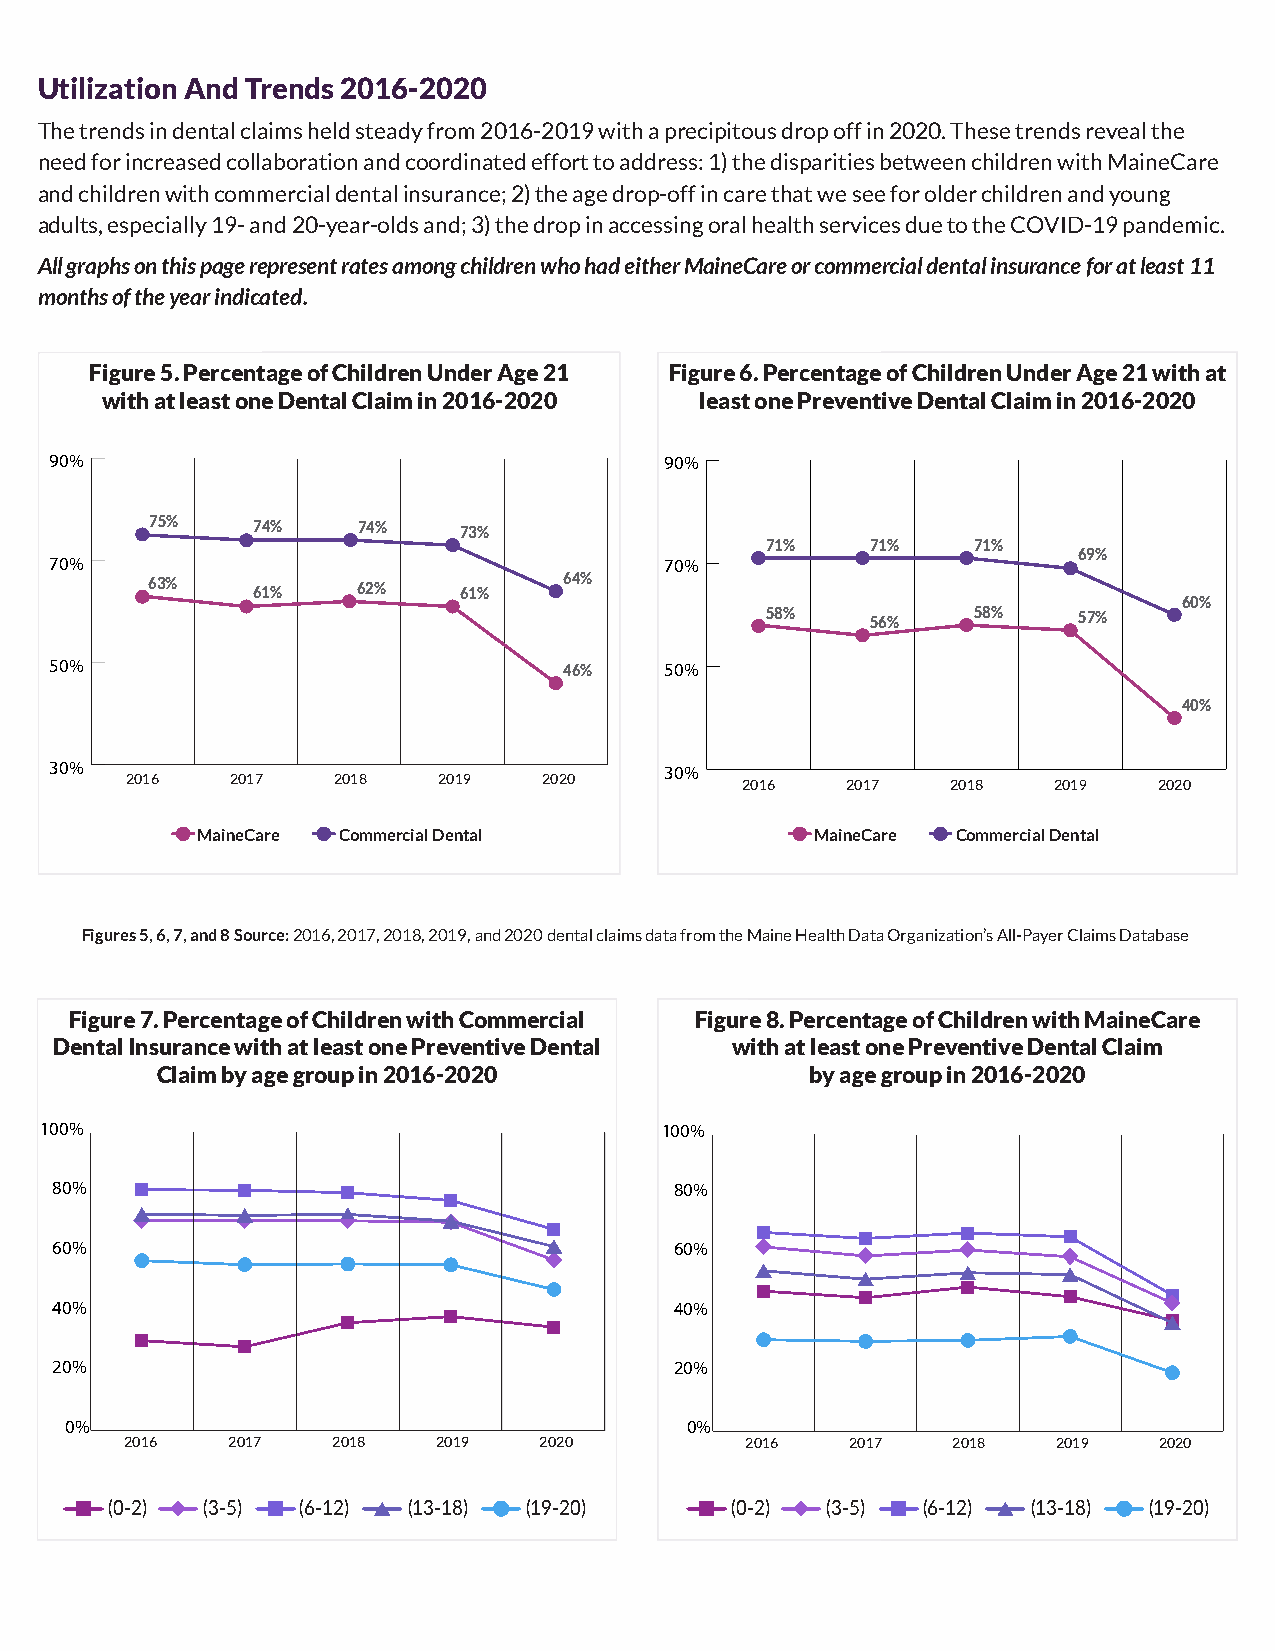
Utilization And Trends 2016-2020
 The trends in dental claims held steady from 2016-2019 with a precipitous drop off in 2020. These trends reveal the
 need for increased collaboration and coordinated effort to address: 1) the disparities between children with MaineCare
 and children with commercial dental insurance; 2) the age drop-off in care that we see for older children and young
 adults, especially 19- and 20-year-olds and; 3) the drop in accessing oral health services due to the COVID-19 pandemic.
 All graphs on this page represent rates among children who had either MaineCare or commercial dental insurance for at least 11
 months of the year indicated.
 Figure 5. Percentage of Children Under Age 21 Figure 6. Percentage of Children Under Age 21 with at
 with at least one Dental Claim in 2016-2020 least one Preventive Dental Claim in 2016-2020
 90%                                      90%
 75%    74%    74%   73%
 71%    71%   71%
 69%
 70%                                      70%
 63%    61%    62%   61%    64%
 60%
 58%    56%   58%    57%
 50%                               46%    50%
 40%
 30%                                      30%
 2016   2017   2018   2019   2020         2016   2017   2018   2019   2020
 MaineCare Commercial Dental              MaineCare Commercial Dental
 Figures 5, 6, 7, and 8 Source: 2016, 2017, 2018, 2019, and 2020 dental claims data from the Maine Health Data Organization’s All-Payer Claims Database
 Figure 7. Percentage of Children with Commercial Figure 8. Percentage of Children with MaineCare
 Dental Insurance with at least one Preventive Dental with at least one Preventive Dental Claim
 Claim by age group in 2016-2020             by age group in 2016-2020
 100%                                     100%
 80%                                       80%
 70%                                      70%
 60%                                       60%
 60%                                      60%
 504%0%                                   5040%%
 40%                                      40%
 20%                                       20%
 30%                                      30%
 0%                                       0%
 20%  2016   2017   2018   2019   2020    20%  2016   2017   2018   2019   2020
 2016    2017    2018     2019            2016     2017    2018    2019
 (0-2) (3-5)  (6-12) (13-18) (19-20)      (0-2)  (3-5) (6-12) (13-18) (19-20)